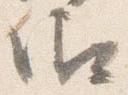
御